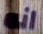
انه